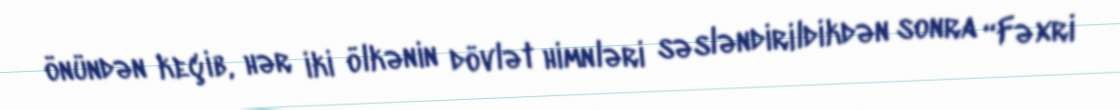
önündən keçib, hər iki ölkənin dövlət himnləri səsləndirildikdən sonra “Fəxri